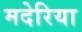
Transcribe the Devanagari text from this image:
मदेरिया